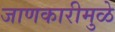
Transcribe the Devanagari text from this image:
जाणकारीमुळे